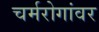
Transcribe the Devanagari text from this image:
चर्मरोगांवर